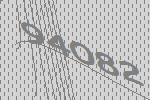
94082